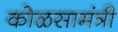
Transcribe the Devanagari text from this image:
कोळसामंत्री